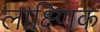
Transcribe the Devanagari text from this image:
लाक्ष्णिक